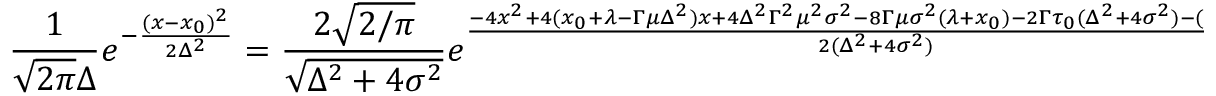
{ \frac { 1 } { \sqrt { 2 \pi } \Delta } } e ^ { - { \frac { ( x - x _ { 0 } ) ^ { 2 } } { 2 \Delta ^ { 2 } } } } = { \frac { 2 \sqrt { 2 / \pi } } { \sqrt { \Delta ^ { 2 } + 4 \sigma ^ { 2 } } } } e ^ { \frac { - 4 x ^ { 2 } + 4 ( x _ { 0 } + \lambda - \Gamma \mu \Delta ^ { 2 } ) x + 4 \Delta ^ { 2 } \Gamma ^ { 2 } \mu ^ { 2 } \sigma ^ { 2 } - 8 \Gamma \mu \sigma ^ { 2 } ( \lambda + x _ { 0 } ) - 2 \Gamma \tau _ { 0 } ( \Delta ^ { 2 } + 4 \sigma ^ { 2 } ) - ( \lambda + x _ { 0 } ) ^ { 2 } } { 2 ( \Delta ^ { 2 } + 4 \sigma ^ { 2 } ) } } .